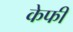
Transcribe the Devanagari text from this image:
केफी